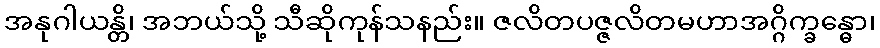
အနုဂါယန္တိ၊ အဘယ်သို့ သီဆိုကုန်သနည်း။ ဇလိတပဇ္ဇလိတမဟာအဂ္ဂိက္ခန္ဓော၊